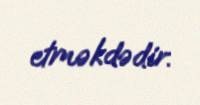
etməkdədir.